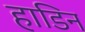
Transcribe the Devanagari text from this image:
हाडिन